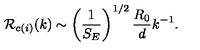
{ \cal R } _ { c ( i ) } ( k ) \sim \left( { \frac { 1 } { S _ { E } } } \right) ^ { 1 / 2 } { \frac { R _ { 0 } } { d } } k ^ { - 1 } .